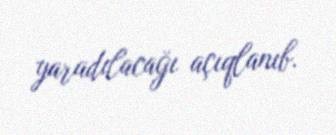
yaradılacağı açıqlanıb.